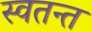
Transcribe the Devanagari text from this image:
स्वतन्त